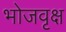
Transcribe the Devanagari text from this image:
भोजवृक्ष